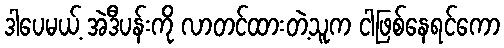
ဒါပေမယ့် အဲဒီပန်းကို လာတင်ထားတဲ့သူက ငါဖြစ်နေရင်ကော